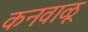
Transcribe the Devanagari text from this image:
कनवाळू